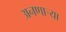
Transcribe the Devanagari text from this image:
अनणाऱ्या